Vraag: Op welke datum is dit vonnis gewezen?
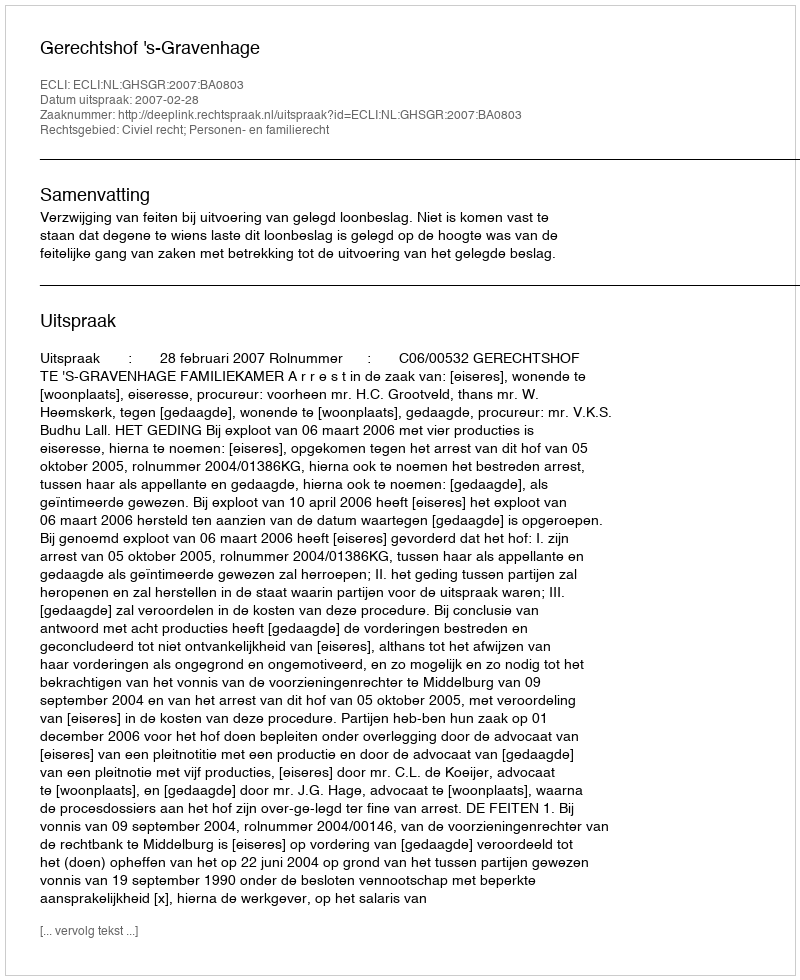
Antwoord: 2007-02-28